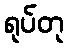
ရုပ်တု